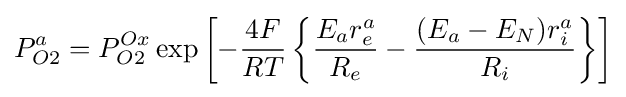
P_{O2}^{a}=P_{O2}^{Ox}\exp \left[-{\frac {4F}{RT}}\left\{{\frac {E_{a}r_{e}^{a}}{R_{e}}}-{\frac {(E_{a}-E_{N})r_{i}^{a}}{R_{i}}}\right\}\right]